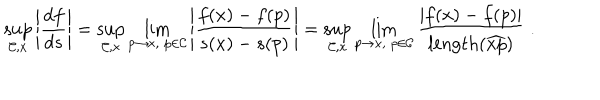
\sup _ { \mathcal { C } , x } \left| \frac { d f } { d s } \right| = \sup _ { \mathcal { C } , x } \lim _ { p \to x , \; p \in \mathcal { C } } \left| \frac { f ( x ) - f ( p ) } { s ( x ) - s ( p ) } \right| = \sup _ { \mathcal { C } , x } \lim _ { p \to x , \; p \in \mathcal { C } } \frac { | f ( x ) - f ( p ) | } { \mathrm { l e n g t h } ( \widehat { x p } ) } ~ .